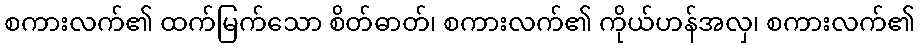
စကားလက်၏ ထက်မြက်သော စိတ်ဓာတ်၊ စကားလက်၏ ကိုယ်ဟန်အလှ၊ စကားလက်၏